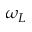
\omega _ { L }